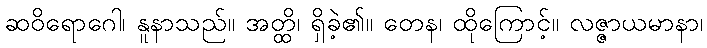
ဆဝိရောဂေါ၊ နူနာသည်။ အတ္ထိ၊ ရှိခဲ့၏။ တေန၊ ထိုကြောင့်။ လဇ္ဇာယမာနာ၊